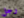
رجل